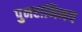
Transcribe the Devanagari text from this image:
पुनराभिनय